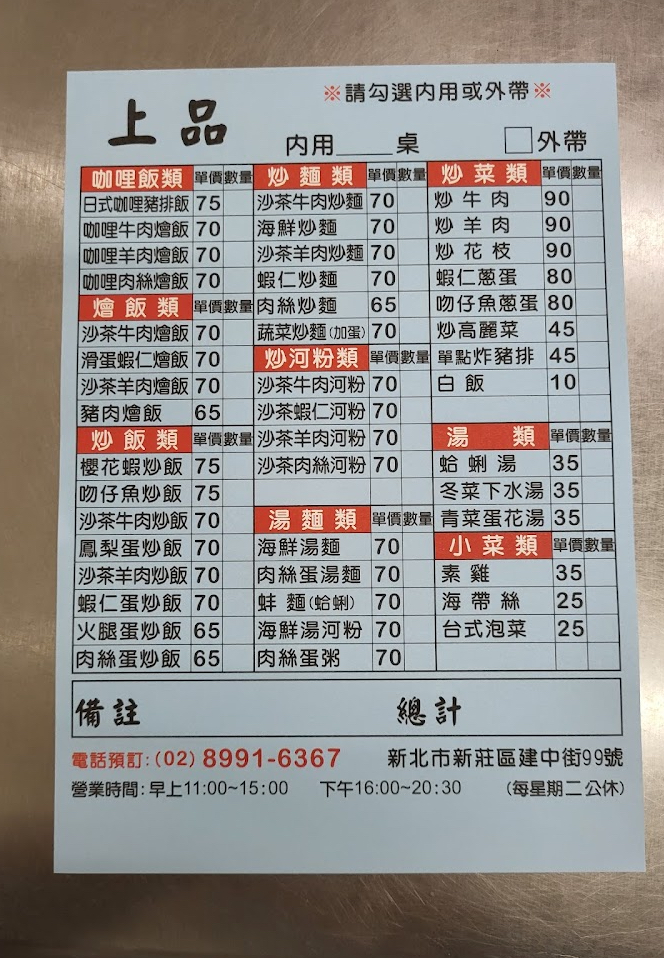
餐廳：上品
地址：新北市新莊區建中街99號
電話：(02)8991-6367
營業時間：早上11:00~15:00下午16:00~20:30(每星期二公休)
菜單：
name: 日式咖哩豬排飯
price: 75
name: 咖哩牛肉燴飯
price: 70
name: 咖哩羊肉燴飯
price: 70
name: 咖哩肉絲燴飯
price: 70
name: 沙茶牛肉燴飯
price: 70
name: 滑蛋蝦仁燴飯
price: 70
name: 沙茶羊肉燴飯
price: 70
name: 豬肉燴飯
price: 65
name: 櫻花蝦炒飯
price: 75
name: 吻仔魚炒飯
price: 75
name: 沙茶牛肉炒飯
price: 70
name: 鳳梨蛋炒飯
price: 70
name: 沙茶羊肉炒飯
price: 70
name: 蝦仁蛋炒飯
price: 70
name: 火腿蛋炒飯
price: 65
name: 肉絲蛋炒飯
price: 65
name: 沙茶牛肉炒麵
price: 70
name: 海鮮炒麵
price: 70
name: 沙茶羊肉炒麵
price: 70
name: 蝦仁炒麵
price: 70
name: 肉絲炒麵
price: 65
name: 蔬菜炒麵(加蛋)
price: 70
name: 沙茶牛肉河粉
price: 70
name: 沙茶蝦仁河粉
price: 70
name: 沙茶羊肉河粉
price: 70
name: 沙茶肉絲河粉
price: 70
name: 海鮮湯麵
price: 70
name: 肉絲蛋湯麵
price: 70
name: 蛤蜊湯麵
price: 70
name: 海鮮湯河粉
price: 70
name: 肉絲蛋粥
price: 70
name: 蛤蜊湯
price: 35
name: 冬菜下水湯
price: 35
name: 青菜蛋花湯
price: 35
name: 素雞
price: 35
name: 海帶絲
price: 25
name: 台式泡菜
price: 25
name: 炒牛肉
price: 90
name: 炒羊肉
price: 90
name: 炒花枝
price: 90
name: 蝦仁蔥蛋
price: 80
name: 吻仔魚蔥蛋
price: 80
name: 炒高麗菜
price: 45
name: 單點炸豬排
price: 45
name: 蚌麵(蛤蜊)
price: 70
name: 白飯
price: 10